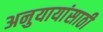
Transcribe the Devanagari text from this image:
अनुयायांसाठी